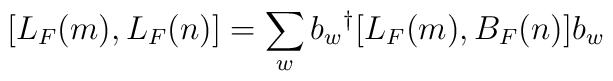
[L_F(m),L_F(n)] = \sum_w b_w{}^{\dag} [L_F(m),B_F(n)]b_w